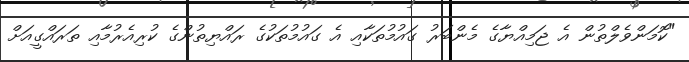
"ކޮމަންވެލްތުން އެ ޖަމިއްޔާގެ މެންބަރު ގައުމުތަކާއި އެ ގައުމުތަކުގެ ރައްޔިތުންގެ ކުރިއެރުމާއި ތަރައްގީއަށް